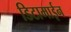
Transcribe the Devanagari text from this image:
डिटामाईन